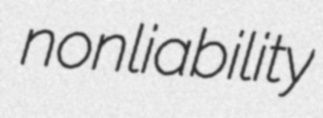
nonliability